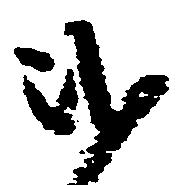
弐